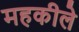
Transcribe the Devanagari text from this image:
महकीले